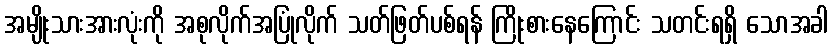
အမျိုးသားအားလုံးကို အစုလိုက်အပြုံလိုက် သတ်ဖြတ်ပစ်ရန် ကြိုးစားနေကြောင်း သတင်းရရှိ သောအခါ